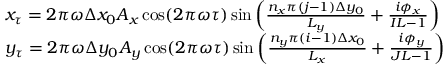
\begin{array} { r l } & { x _ { \tau } = 2 \pi \omega \Delta x _ { 0 } A _ { x } \cos ( 2 \pi \omega \tau ) \sin \left( \frac { n _ { x } \pi ( j - 1 ) \Delta y _ { 0 } } { L _ { y } } + \frac { i \phi _ { x } } { I L - 1 } \right) } \\ & { y _ { \tau } = 2 \pi \omega \Delta y _ { 0 } A _ { y } \cos ( 2 \pi \omega \tau ) \sin \left( \frac { n _ { y } \pi ( i - 1 ) \Delta x _ { 0 } } { L _ { x } } + \frac { i \phi _ { y } } { J L - 1 } \right) } \end{array}